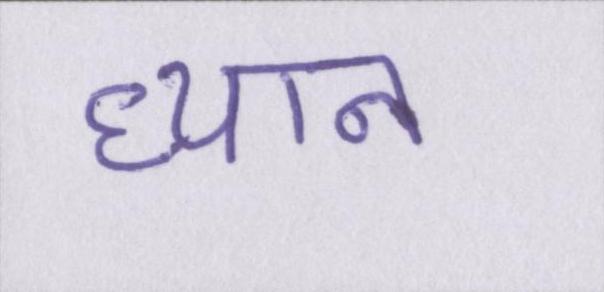
ध्यान